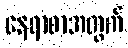
နေရာစာအတွက်